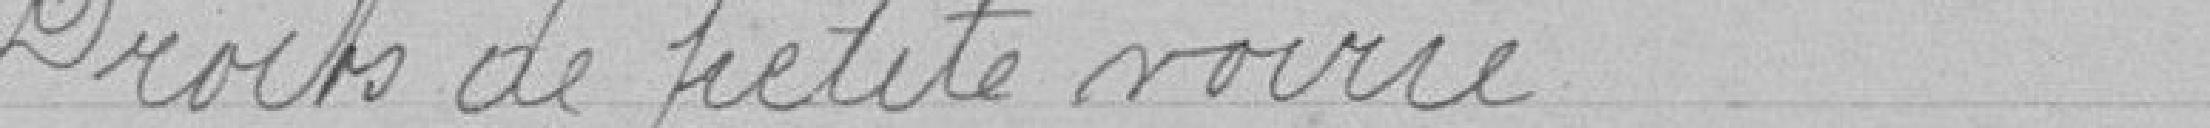
Droits de petite voirie